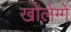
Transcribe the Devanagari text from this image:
खोलेग्गे